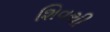
શિવથી